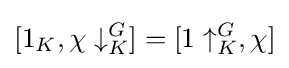
[1_{K},\chi \downarrow _{K}^{G}]=[1\uparrow _{K}^{G},\chi ]